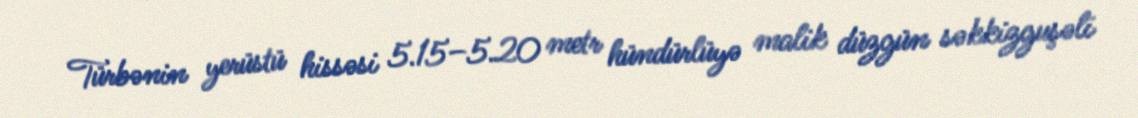
Türbənin yerüstü hissəsi 5.15–5.20 metr hündürlüyə malik düzgün səkkizguşəli